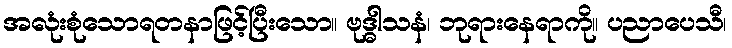
အလုံးစုံသောရတနာဖြင့်ပြီးသော။ ဗုဒ္ဓါသနံ၊ ဘုရားနေရာကို။ ပညာပေသီ၊